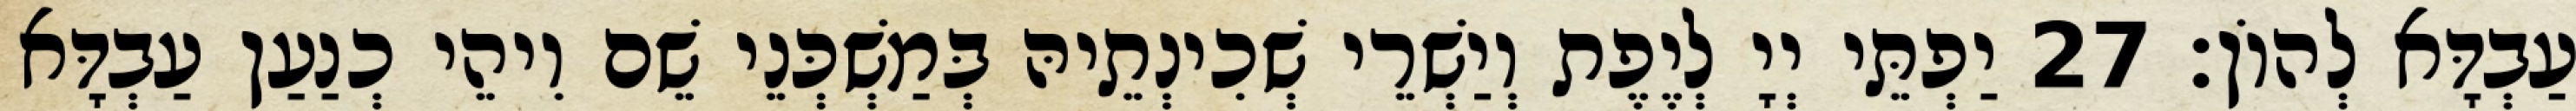
עַבְדָּא לְהוֹן׃ 27 יַפְתֵּי יְיָ לְיֶפֶת וְיַשְׁרֵי שְׁכִינְתֵיהּ בְּמַשְׁכְּנֵי שֵׁם וִיהֵי כְנַעַן עַבְדָּא